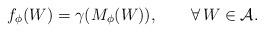
LaTeX: \begin{align*}f_\phi(W)=\gamma(M_\phi(W)),\qquad\forall\,W\in \mathcal{A}.\end{align*}